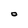
Character: O